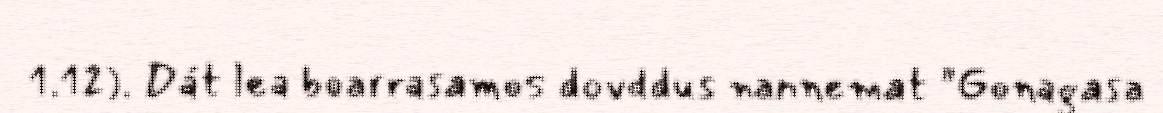
1.12). Dát lea boarrasamos dovddus nannemat "Gonagasa